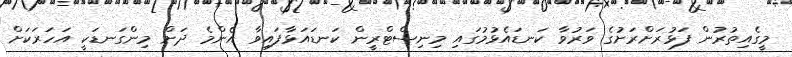
މީގެއިތުރުން ފަޅުރަށްރަށުގެ ވަރުވާ ކަނޑައެޅުމުގައި މިނިސްޓްރީން ކަނޑައަޅާފައިވާ އެންމެ ދަށް މިންގަނޑަކީ އަހަރަކަށް